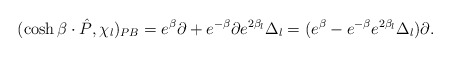
\begin{align*} (\cosh\beta\cdot \hat{P}, \chi _l)_{PB}=e^\beta\partial+e^{-\beta}\partial e^{2\beta_l}\Delta_l =(e^\beta-e^{-\beta}e^{2\beta_l}\Delta_l)\partial.\end{align*}